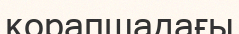
қорапшадағы